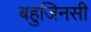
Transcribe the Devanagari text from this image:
बहुजिनसी